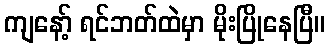
ကျနော့် ရင်ဘတ်ထဲမှာ မိုးပြိုနေပြီ။